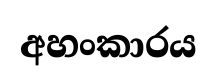
අහංකාරය